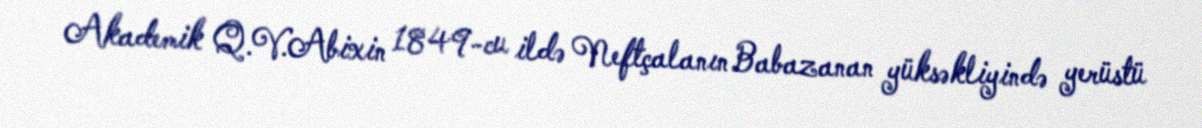
Akademik Q.V.Abixin 1849-cu ildə Neftçalanın Babazanan yüksəkliyində yerüstü